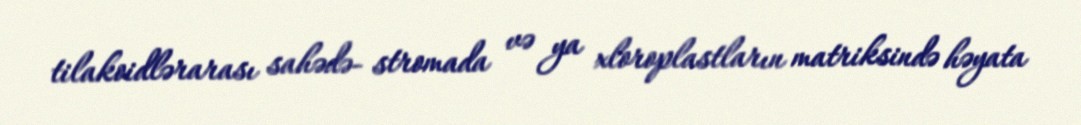
tilakoidlərarası sahədə- stromada və ya xloroplastların matriksində həyata